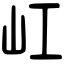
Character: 屸